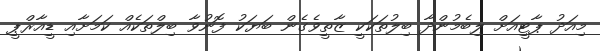
މިއަދު ޕާޓީއަށް ލިބެމުންދާ ބިލުތަކަކީ ޒާތީވެގެން ބަޔަކު ފޮނުވާ ބިލްތަކެއް ކަމަށާއި ޑީއާރްޕީ